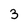
Character: 3